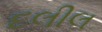
દલીલ